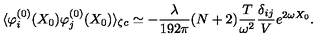
\langle \varphi _ { i } ^ { ( 0 ) } ( X _ { 0 } ) \varphi _ { j } ^ { ( 0 ) } ( X _ { 0 } ) \rangle _ { \zeta c } \simeq - \frac { \lambda } { 1 9 2 \pi } ( N + 2 ) \frac { T } { \omega ^ { 2 } } \frac { \delta _ { i j } } { V } e ^ { 2 \omega X _ { 0 } } .